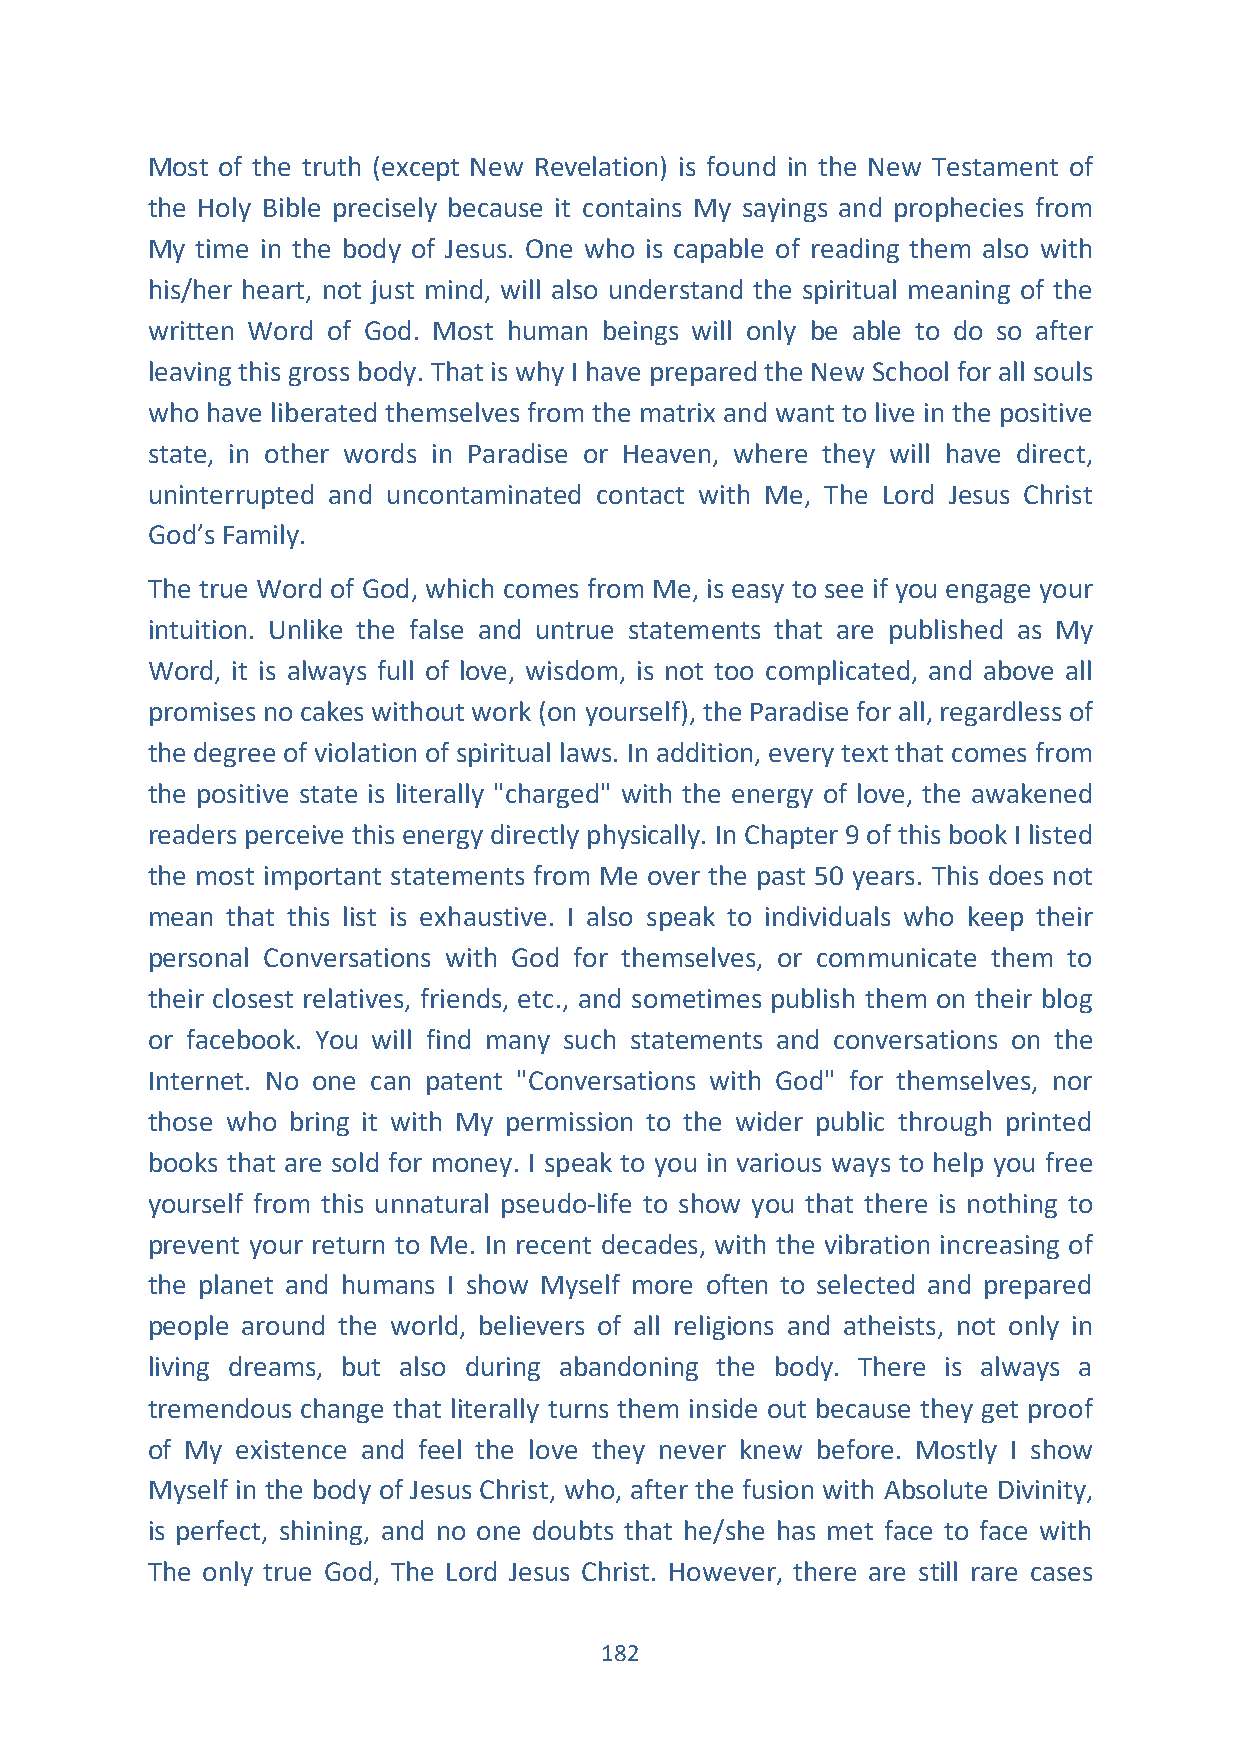
Most of the truth (except New Revelation) is found in the New Testament of
 the Holy Bible precisely because it contains My sayings and prophecies from
 My time in the body of Jesus. One who is capable of reading them also with
 his/her heart, not just mind, will also understand the spiritual meaning of the
 written Word of God. Most human beings will only be able to do so after
 leaving this gross body. That is why I have prepared the New School for all souls
 who have liberated themselves from the matrix and want to live in the positive
 state, in other words in Paradise or Heaven, where they will have direct,
 uninterrupted and uncontaminated contact with Me, The Lord Jesus Christ
 God’s Family.
 The true Word of God, which comes from Me, is easy to see if you engage your
 intuition. Unlike the false and untrue statements that are published as My
 Word, it is always full of love, wisdom, is not too complicated, and above all
 promises no cakes without work (on yourself), the Paradise for all, regardless of
 the degree of violation of spiritual laws. In addition, every text that comes from
 the positive state is literally "charged" with the energy of love, the awakened
 readers perceive this energy directly physically. In Chapter 9 of this book I listed
 the most important statements from Me over the past 50 years. This does not
 mean that this list is exhaustive. I also speak to individuals who keep their
 personal Conversations with God for themselves, or communicate them to
 their closest relatives, friends, etc., and sometimes publish them on their blog
 or facebook. You will find many such statements and conversations on the
 Internet. No one can patent "Conversations with God" for themselves, nor
 those who bring it with My permission to the wider public through printed
 books that are sold for money. I speak to you in various ways to help you free
 yourself from this unnatural pseudo-life to show you that there is nothing to
 prevent your return to Me. In recent decades, with the vibration increasing of
 the planet and humans I show Myself more often to selected and prepared
 people around the world, believers of all religions and atheists, not only in
 living dreams, but also during abandoning the body. There is always a
 tremendous change that literally turns them inside out because they get proof
 of My existence and feel the love they never knew before. Mostly I show
 Myself in the body of Jesus Christ, who, after the fusion with Absolute Divinity,
 is perfect, shining, and no one doubts that he/she has met face to face with
 The only true God, The Lord Jesus Christ. However, there are still rare cases
 182